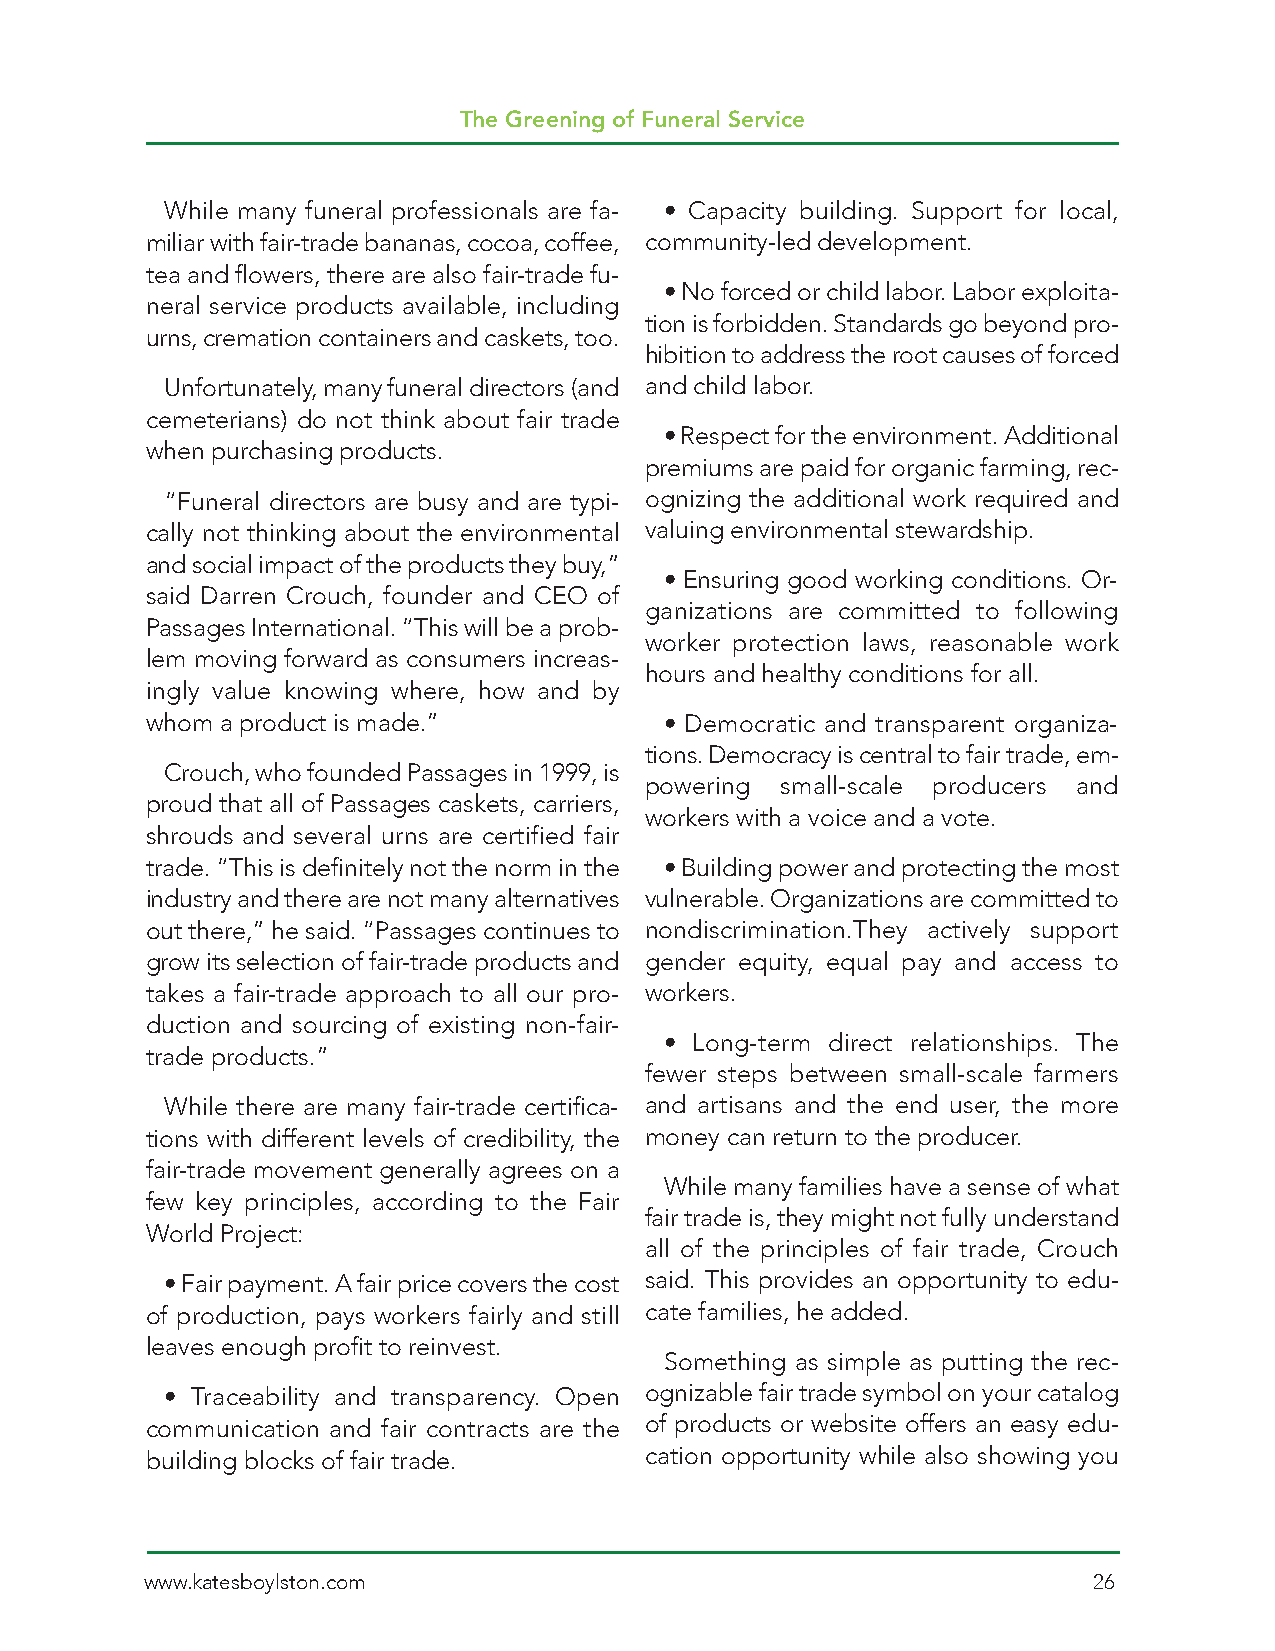
The Greening of Funeral Service
 While many funeral professionals are fa- • Capacity building. Support for local,
 miliar with fair-trade bananas, cocoa, coffee, community-led development.
 tea and flowers, there are also fair-trade fu-
 • No forced or child labor. Labor exploita-
 neral service products available, including
 tion is forbidden. Standards go beyond pro-
 urns, cremation containers and caskets, too.
 hibition to address the root causes of forced
 Unfortunately, many funeral directors (and and child labor.
 cemeterians) do not think about fair trade
 • Respect for the environment. Additional
 when purchasing products.
 premiums are paid for organic farming, rec-
 “Funeral directors are busy and are typi- ognizing the additional work required and
 cally not thinking about the environmental valuing environmental stewardship.
 and social impact of the products they buy,”
 • Ensuring good working conditions. Or-
 said Darren Crouch, founder and CEO of
 ganizations are committed to following
 Passages International. “This will be a prob-
 worker protection laws, reasonable work
 lem moving forward as consumers increas-
 hours and healthy conditions for all.
 ingly value knowing where, how and by
 whom a product is made.”          • Democratic and transparent organiza-
 tions. Democracy is central to fair trade, em-
 Crouch, who founded Passages in 1999, is
 powering small-scale producers and
 proud that all of Passages caskets, carriers,
 workers with a voice and a vote.
 shrouds and several urns are certified fair
 trade. “This is definitely not the norm in the • Building power and protecting the most
 industry and there are not many alternatives vulnerable. Organizations are committed to
 out there,” he said. “Passages continues to nondiscrimination.They actively support
 grow its selection of fair-trade products and gender equity, equal pay and access to
 takes a fair-trade approach to all our pro- workers.
 duction and sourcing of existing non-fair-
 • Long-term direct relationships. The
 trade products.”
 fewer steps between small-scale farmers
 While there are many fair-trade certifica- and artisans and the end user, the more
 tions with different levels of credibility, the money can return to the producer.
 fair-trade movement generally agrees on a
 While many families have a sense of what
 few key principles, according to the Fair
 fair trade is, they might not fully understand
 World Project:
 all of the principles of fair trade, Crouch
 • Fair payment. A fair price covers the cost said. This provides an opportunity to edu-
 of production, pays workers fairly and still cate families, he added.
 leaves enough profit to reinvest.
 Something as simple as putting the rec-
 • Traceability and transparency. Open ognizable fair trade symbol on your catalog
 communication and fair contracts are the of products or website offers an easy edu-
 building blocks of fair trade.   cation opportunity while also showing you
 www.katesboylston.com                                         26